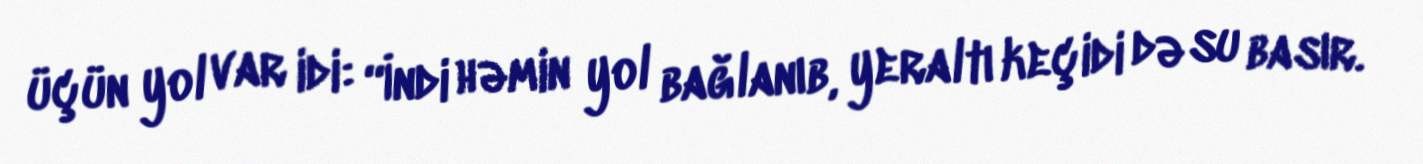
üçün yol var idi: “İndi həmin yol bağlanıb, yeraltı keçidi də su basır.